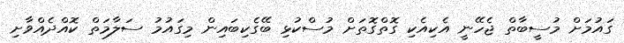
ގައުމަށް މުސީބާތް ޖެހޭނީ އެކިއެކި ގޮތްގޮތަށް މުސްކުޅި ބޭގެކިބައިން މިގައުމު ސަލާމަތް ކޮއްދެއްވާށި